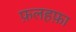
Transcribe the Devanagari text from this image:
फ़लहफ़ा